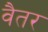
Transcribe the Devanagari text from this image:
वैतर